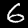
Label: 6